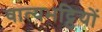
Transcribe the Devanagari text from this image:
वात्यभट्ठियों